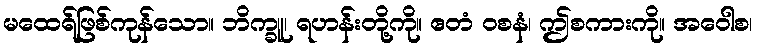
မထေရ်ဖြစ်ကုန်သော။ ဘိက္ခူ၊ ရဟန်းတို့ကို။ ဧတံ ဝစနံ၊ ဤစကားကို။ အဝေါစ၊